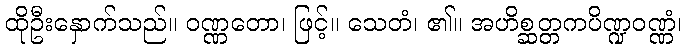
ထိုဦးနှောက်သည်။ ဝဏ္ဏတော၊ ဖြင့်။ သေတံ၊ ၏။ အဟိစ္ဆတ္တကပိဏ္ဍဝဏ္ဏံ၊